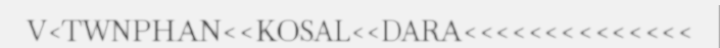
V<TWNPHAN<<KOSAL<<DARA<<<<<<<<<<<<<<